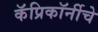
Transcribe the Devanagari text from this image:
कॅप्रिकॉर्नीचे